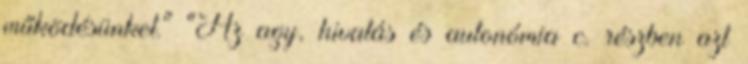
működésünket." "Az agy, hivatás és autonómia c. részben azt